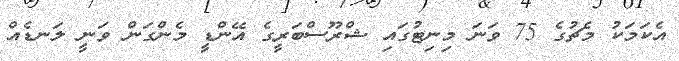
އެކަމަކު މެޗުގެ 75 ވަނަ މިނިޓުގައި ޝްރޫސްބަރީގެ އޭންޑީ މެންގަން ވަނީ ލަނޑެއް